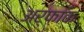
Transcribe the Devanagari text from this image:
अर्फ़ाक